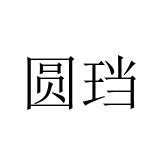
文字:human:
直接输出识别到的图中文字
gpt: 圆珰